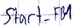
Text: Start_FB1